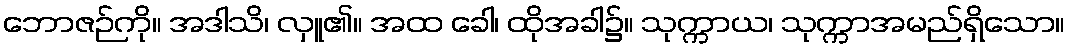
ဘောဇဉ်ကို။ အဒါသိ၊ လှူ၏။ အထ ခေါ၊ ထိုအခါ၌။ သုက္ကာယ၊ သုက္ကာအမည်ရှိသော။